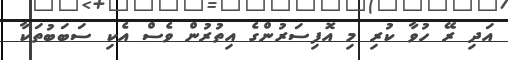
އަދި ރޭ ހުވާ ކުރި މި އޮފިސަރުންގެ އިތުރުން ވެސް އެކި ސަބަބުތަކާ